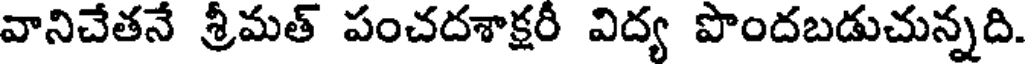
వానిచేతనే శ్రీమత్ పంచదశాక్షరీ విద్య పొందబడుచున్నది.